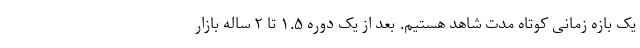
یک بازه زمانی کوتاه مدت شاهد هستیم. بعد از یک دوره ۱.۵ تا ۲ ساله بازار